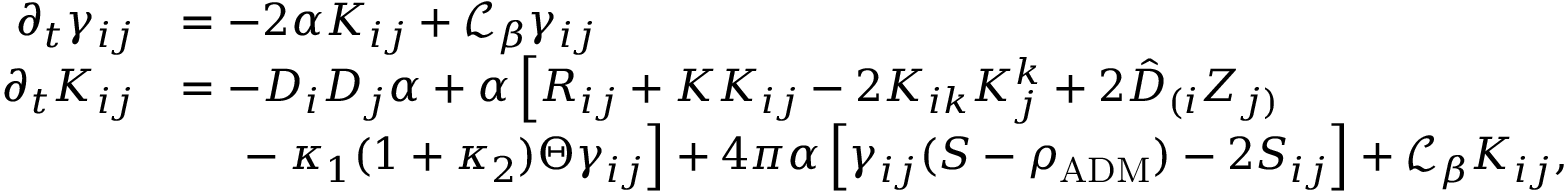
\begin{array} { r l } { \partial _ { t } \gamma _ { i j } } & { = - 2 \alpha K _ { i j } + \mathcal { L } _ { \beta } \gamma _ { i j } } \\ { \partial _ { t } K _ { i j } } & { = - D _ { i } D _ { j } \alpha + \alpha \left[ R _ { i j } + K K _ { i j } - 2 K _ { i k } K _ { j } ^ { k } + 2 \hat { D } _ { ( i } Z _ { j ) } \right. } \\ & { \, \left. \phantom { \hat { D } } - \kappa _ { 1 } ( 1 + \kappa _ { 2 } ) \Theta \gamma _ { i j } \right] + 4 \pi \alpha \left[ \gamma _ { i j } ( S - \rho _ { \mathrm { A D M } } ) - 2 S _ { i j } \right] + \mathcal { L } _ { \beta } K _ { i j } , } \end{array}